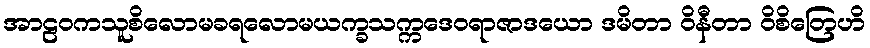
အာဠဝကသူစိလောမခရလောမယက္ခသက္ကဒေဝရာဇာဒယော ဒမိတာ ဝိနီတာ ဝိစိတြေဟိ